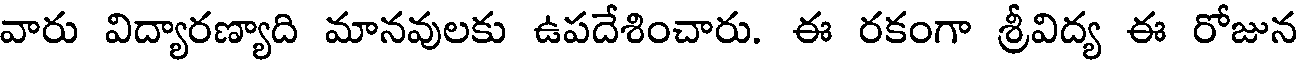
వారు విద్యారణ్యాది మానవులకు ఉపదేశించారు. ఈ రకంగా శ్రీవిద్య ఈ రోజున